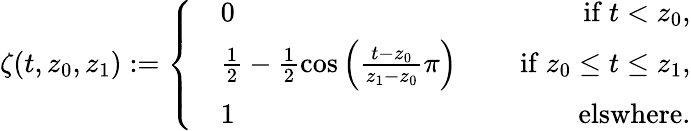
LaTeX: \zeta(t,z_{0},z_{1}):=\left\{ \begin{array}{rlr}&{0}&{\quad\mathrm{~if~}t<z_{0},}\\ &{\frac{1}{2}-\frac{1}{2}\cos\left(\frac{t-z_{0}}{z_{1}-z_{0}}\pi\right)}&{\quad\mathrm{~if~}z_{0}\leq t\leq z_{1},}\\ &{1}&{\quad\mathrm{~elswhere}.}\end{array}\right.